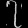
Digit: ၇